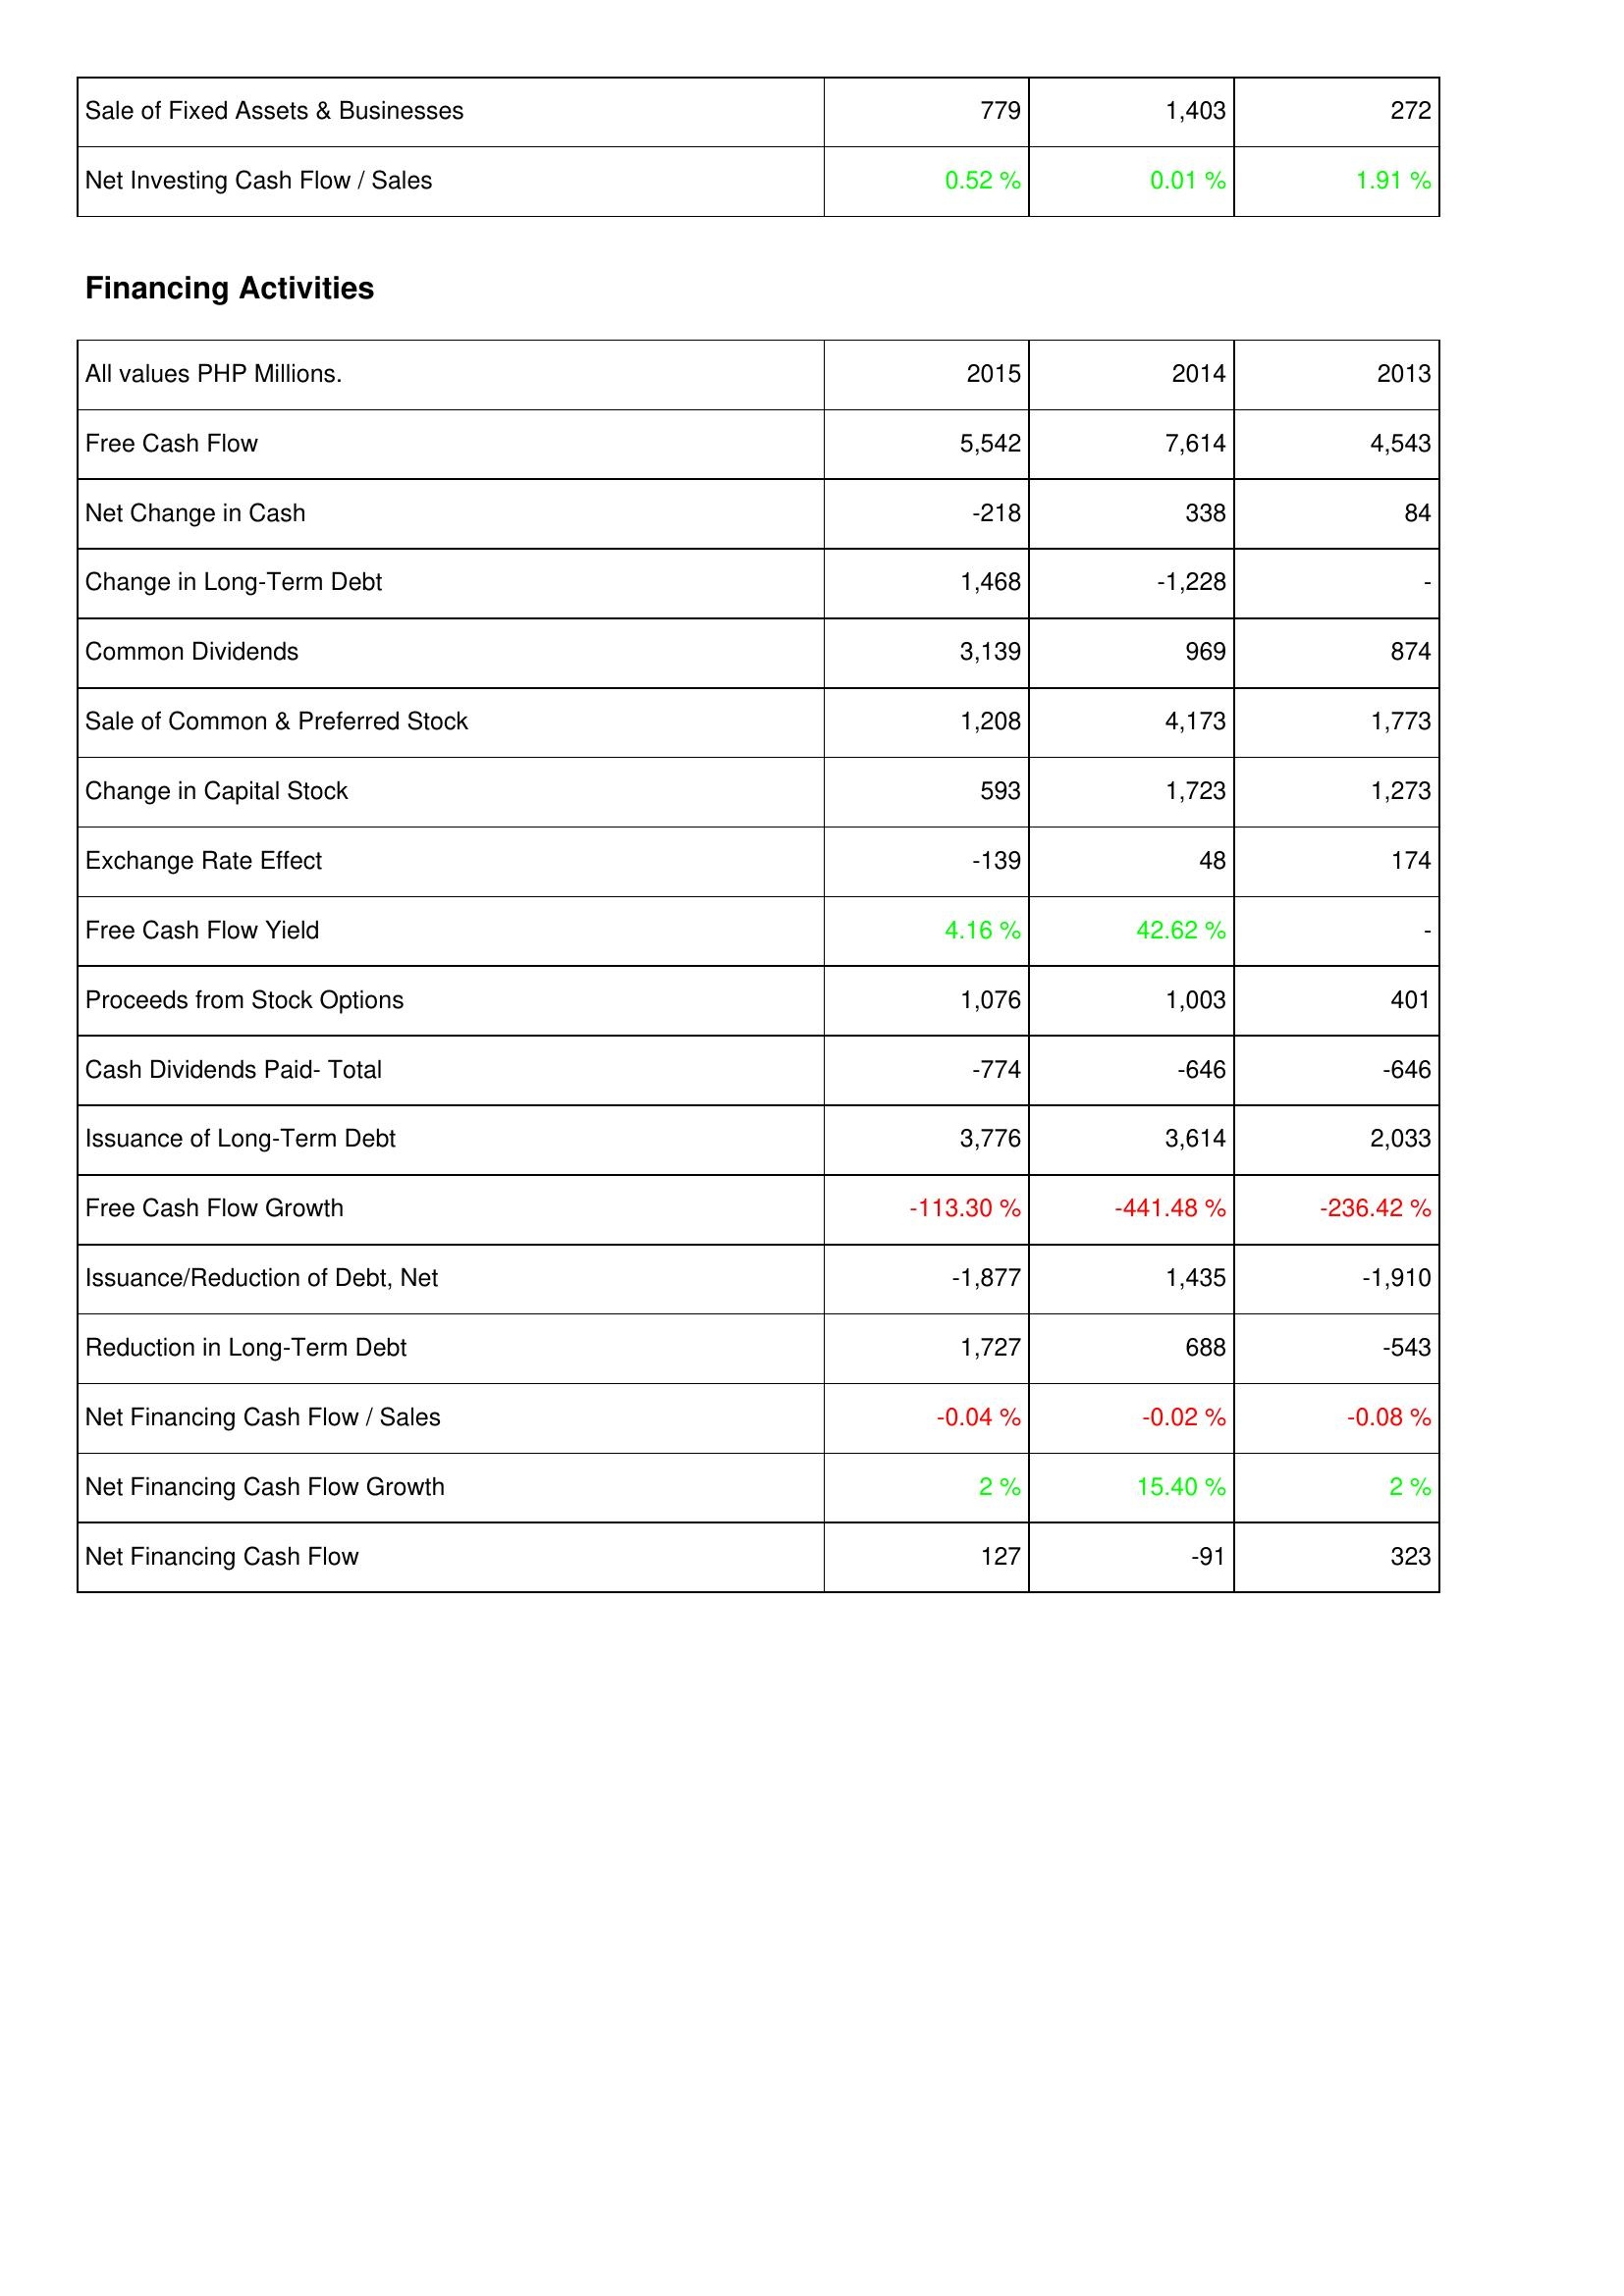
2015: Investing Activities: Sale of Fixed Assets & Businesses: 779
Net Investing Cash Flow / Sales: 0.52 %
Financing Activities: Free Cash Flow: 5,542
Net Change in Cash: -218
Change in Long-Term Debt: 1,468
Common Dividends: 3,139
Sale of Common & Preferred Stock: 1,208
Change in Capital Stock: 593
Exchange Rate Effect: -139
Free Cash Flow Yield: 4.16 %
Proceeds from Stock Options: 1,076
Cash Dividends Paid- Total: -774
Issuance of Long-Term Debt: 3,776
Free Cash Flow Growth: -113.30 %
Issuance/Reduction of Debt, Net: -1,877
Reduction in Long-Term Debt: 1,727
Net Financing Cash Flow / Sales: -0.04 %
Net Financing Cash Flow Growth: 2 %
Net Financing Cash Flow: 127
2014: Investing Activities: Sale of Fixed Assets & Businesses: 1,403
Net Investing Cash Flow / Sales: 0.01 %
Financing Activities: Free Cash Flow: 7,614
Net Change in Cash: 338
Change in Long-Term Debt: -1,228
Common Dividends: 969
Sale of Common & Preferred Stock: 4,173
Change in Capital Stock: 1,723
Exchange Rate Effect: 48
Free Cash Flow Yield: 42.62 %
Proceeds from Stock Options: 1,003
Cash Dividends Paid- Total: -646
Issuance of Long-Term Debt: 3,614
Free Cash Flow Growth: -441.48 %
Issuance/Reduction of Debt, Net: 1,435
Reduction in Long-Term Debt: 688
Net Financing Cash Flow / Sales: -0.02 %
Net Financing Cash Flow Growth: 15.40 %
Net Financing Cash Flow: -91
2013: Investing Activities: Sale of Fixed Assets & Businesses: 272
Net Investing Cash Flow / Sales: 1.91 %
Financing Activities: Free Cash Flow: 4,543
Net Change in Cash: 84
Change in Long-Term Debt: -
Common Dividends: 874
Sale of Common & Preferred Stock: 1,773
Change in Capital Stock: 1,273
Exchange Rate Effect: 174
Free Cash Flow Yield: -
Proceeds from Stock Options: 401
Cash Dividends Paid- Total: -646
Issuance of Long-Term Debt: 2,033
Free Cash Flow Growth: -236.42 %
Issuance/Reduction of Debt, Net: -1,910
Reduction in Long-Term Debt: -543
Net Financing Cash Flow / Sales: -0.08 %
Net Financing Cash Flow Growth: 2 %
Net Financing Cash Flow: 323